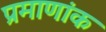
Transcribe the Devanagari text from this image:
प्रमाणांक